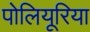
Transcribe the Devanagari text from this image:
पोलियूरिया